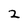
Character: 2